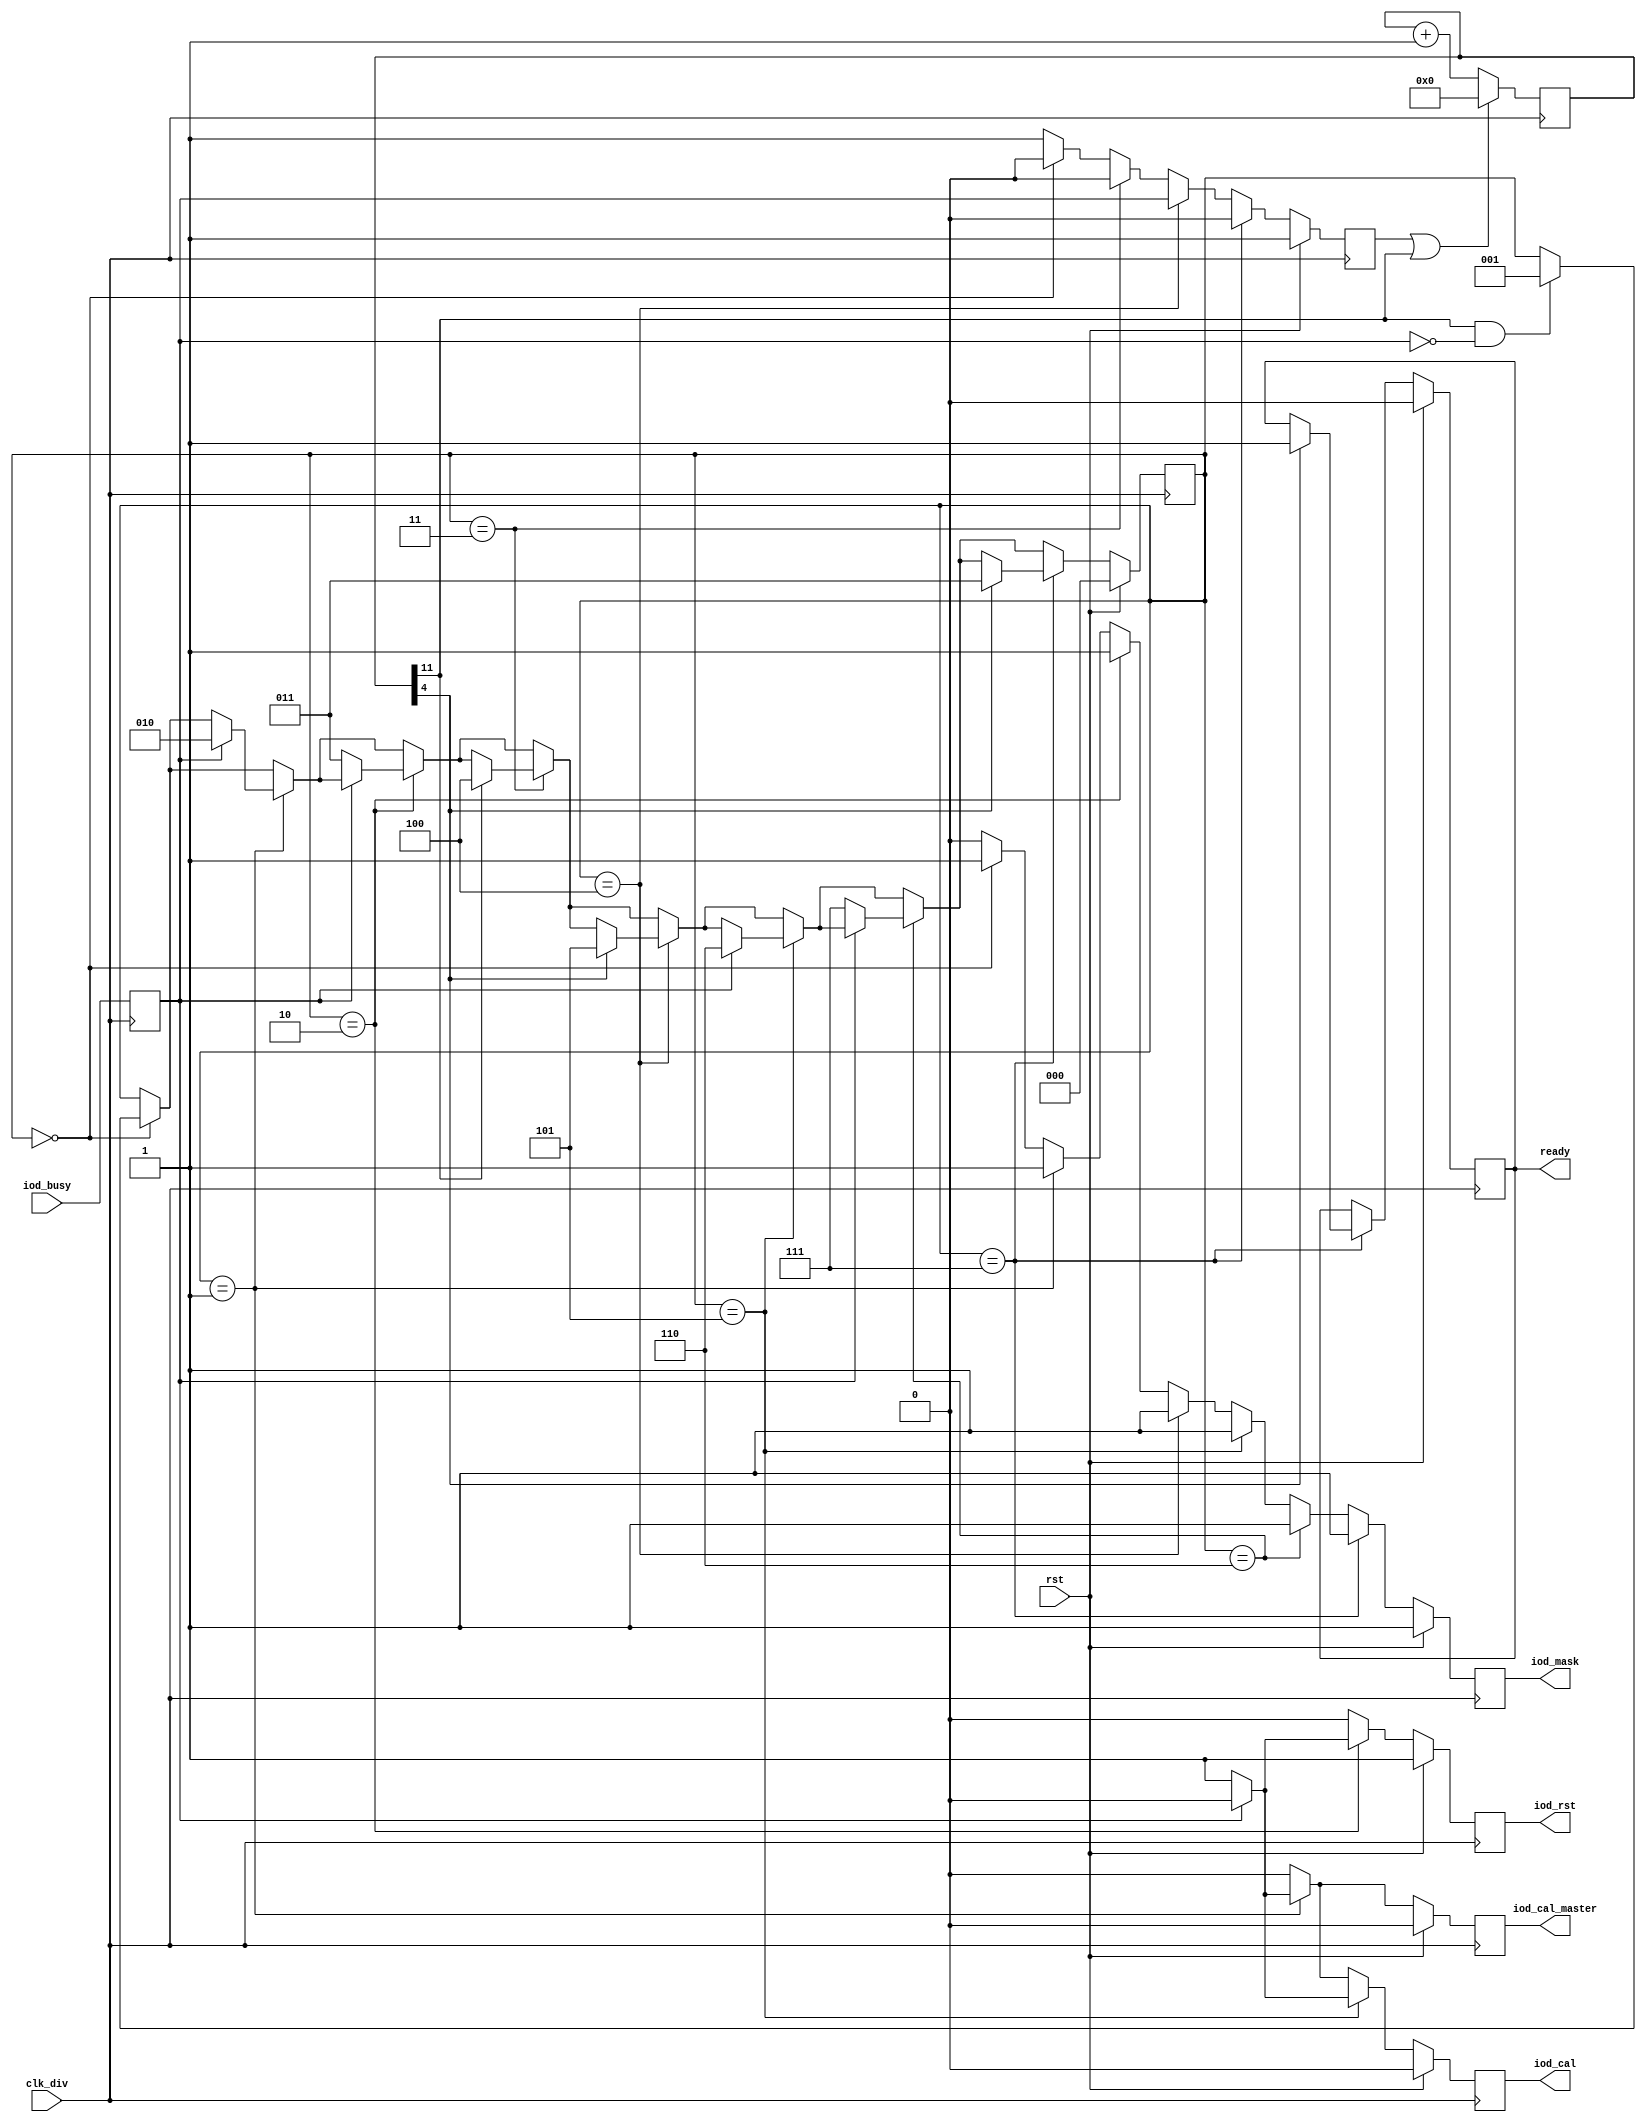

module iserdes_control #(
    parameter WIDTH     = 1
) (
    input   wire                    clk_div,
    input   wire                    rst,
    
    output  reg                     ready,
    
    input   wire    [WIDTH-1:0]     iod_busy,
    
    output  reg                     iod_rst,
    output  reg                     iod_mask,
    output  reg                     iod_cal,
    output  reg                     iod_cal_master
);

// register busy flags to cut long timing paths
reg [WIDTH-1:0] iod_busy_reg;
always @(posedge clk_div)
    iod_busy_reg <= iod_busy;

// IODELAY calibration state-machine
wire                    iod_any_busy = |iod_busy_reg;
wire                    iod_all_busy = &iod_busy_reg;

reg     [11:0]  iod_cnt;
reg             iod_cnt_rst;
wire            iod_cnt_max = iod_cnt[11];
reg     [2:0]   iod_state;

always @(posedge clk_div) begin
    if(iod_cnt_rst || iod_cnt_max) begin
        iod_cnt         <= 0;
    end else begin
        iod_cnt         <= iod_cnt + 1;
    end
end

always @(posedge clk_div) begin
    if(rst) begin
    
        iod_state       <= 0;
        iod_cnt_rst     <= 1'b1;

        // TODO: IODELAY2 simulation model doesn't like this extra reset; unclear
        // how real hardware behaves.. for now, try without initial reset.
        iod_rst         <= 1'b1;
        //iod_rst         <= 1'b0;

        iod_mask        <= 1'b1;
        iod_cal         <= 1'b0;
        iod_cal_master  <= 1'b0;
        ready           <= 1'b0;
        
    end else begin
    
        iod_cnt_rst     <= 1'b1;
        iod_rst         <= 1'b0;
        iod_mask        <= 1'b0;
        iod_cal         <= 1'b0;
        iod_cal_master  <= 1'b0;
                
        // wait until IODELAY is ready
        if(iod_state == 0) begin
            iod_cnt_rst     <= 1'b0;
            iod_mask        <= 1'b1;
            if(iod_cnt_max && !iod_any_busy) begin
                iod_state       <= 1;
            end
        end
        
        // initial calibration
        if(iod_state == 1) begin
            iod_mask        <= 1'b1;
            iod_cal         <= 1'b1;
            iod_cal_master  <= 1'b1;
            // wait for acceptance
            if(iod_all_busy) begin
                iod_state       <= 2;
                iod_cal         <= 1'b0;
                iod_cal_master  <= 1'b0;
            end
        end
        
        // wait for calibration completion, then reset
        if(iod_state == 2) begin
            iod_mask        <= 1'b1;
            if(!iod_any_busy) begin
                iod_state       <= 3;
                iod_rst         <= 1'b1;
            end
        end
        
        // wait for periodic calibration
        if(iod_state == 3) begin
            iod_cnt_rst     <= 1'b0;
            if(iod_cnt_max) begin
                iod_state       <= 4;
            end
        end
        
        // mask shortly before calibration
        if(iod_state == 4) begin
            iod_cnt_rst     <= iod_any_busy; // don't start timing if any are busy 
            iod_mask        <= 1'b1;
            if(iod_cnt[4]) begin
                iod_state       <= 5;
            end
        end
        
        // calibrate slave
        if(iod_state == 5) begin
            iod_mask        <= 1'b1;
            iod_cal         <= 1'b1;
            // wait for acceptance
            if(iod_all_busy) begin
                iod_state       <= 6;
                iod_cal         <= 1'b0;
            end
        end
        
        // wait for completion
        if(iod_state == 6) begin
            iod_mask        <= 1'b1;
            if(!iod_any_busy) begin
                iod_state       <= 7;
            end
        end
        
        // wait a bit before unmasking
        if(iod_state == 7) begin
            iod_cnt_rst     <= 1'b0;
            iod_mask        <= 1'b1;
            if(iod_cnt[4]) begin
                ready           <= 1'b1; // only ready once the first recalibration completes
                iod_state       <= 3;
            end
        end
        
    end
end

endmodule